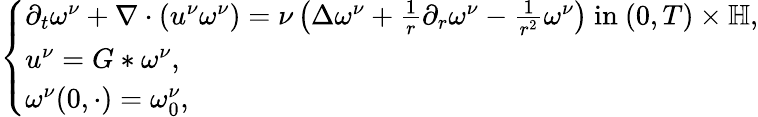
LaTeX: \begin{array}{r}{\left\{ \begin{array}{ll}{\partial_{t}\omega^{\nu}+\nabla\cdot\left(u^{\nu}\omega^{\nu}\right)=\nu\left(\Delta\omega^{\nu}+\frac{1}{r}\partial_{r}\omega^{\nu}-\frac{1}{r^{2}}\omega^{\nu}\right)\mathrm{~in~}(0,T)\times\mathbb{H},}\\ {u^{\nu}=G\ast\omega^{\nu},}\\ {\omega^{\nu}(0,\cdot)=\omega_{0}^{\nu},}\end{array}\right.}\end{array}